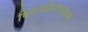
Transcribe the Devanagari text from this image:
विरामोऽवसानम्